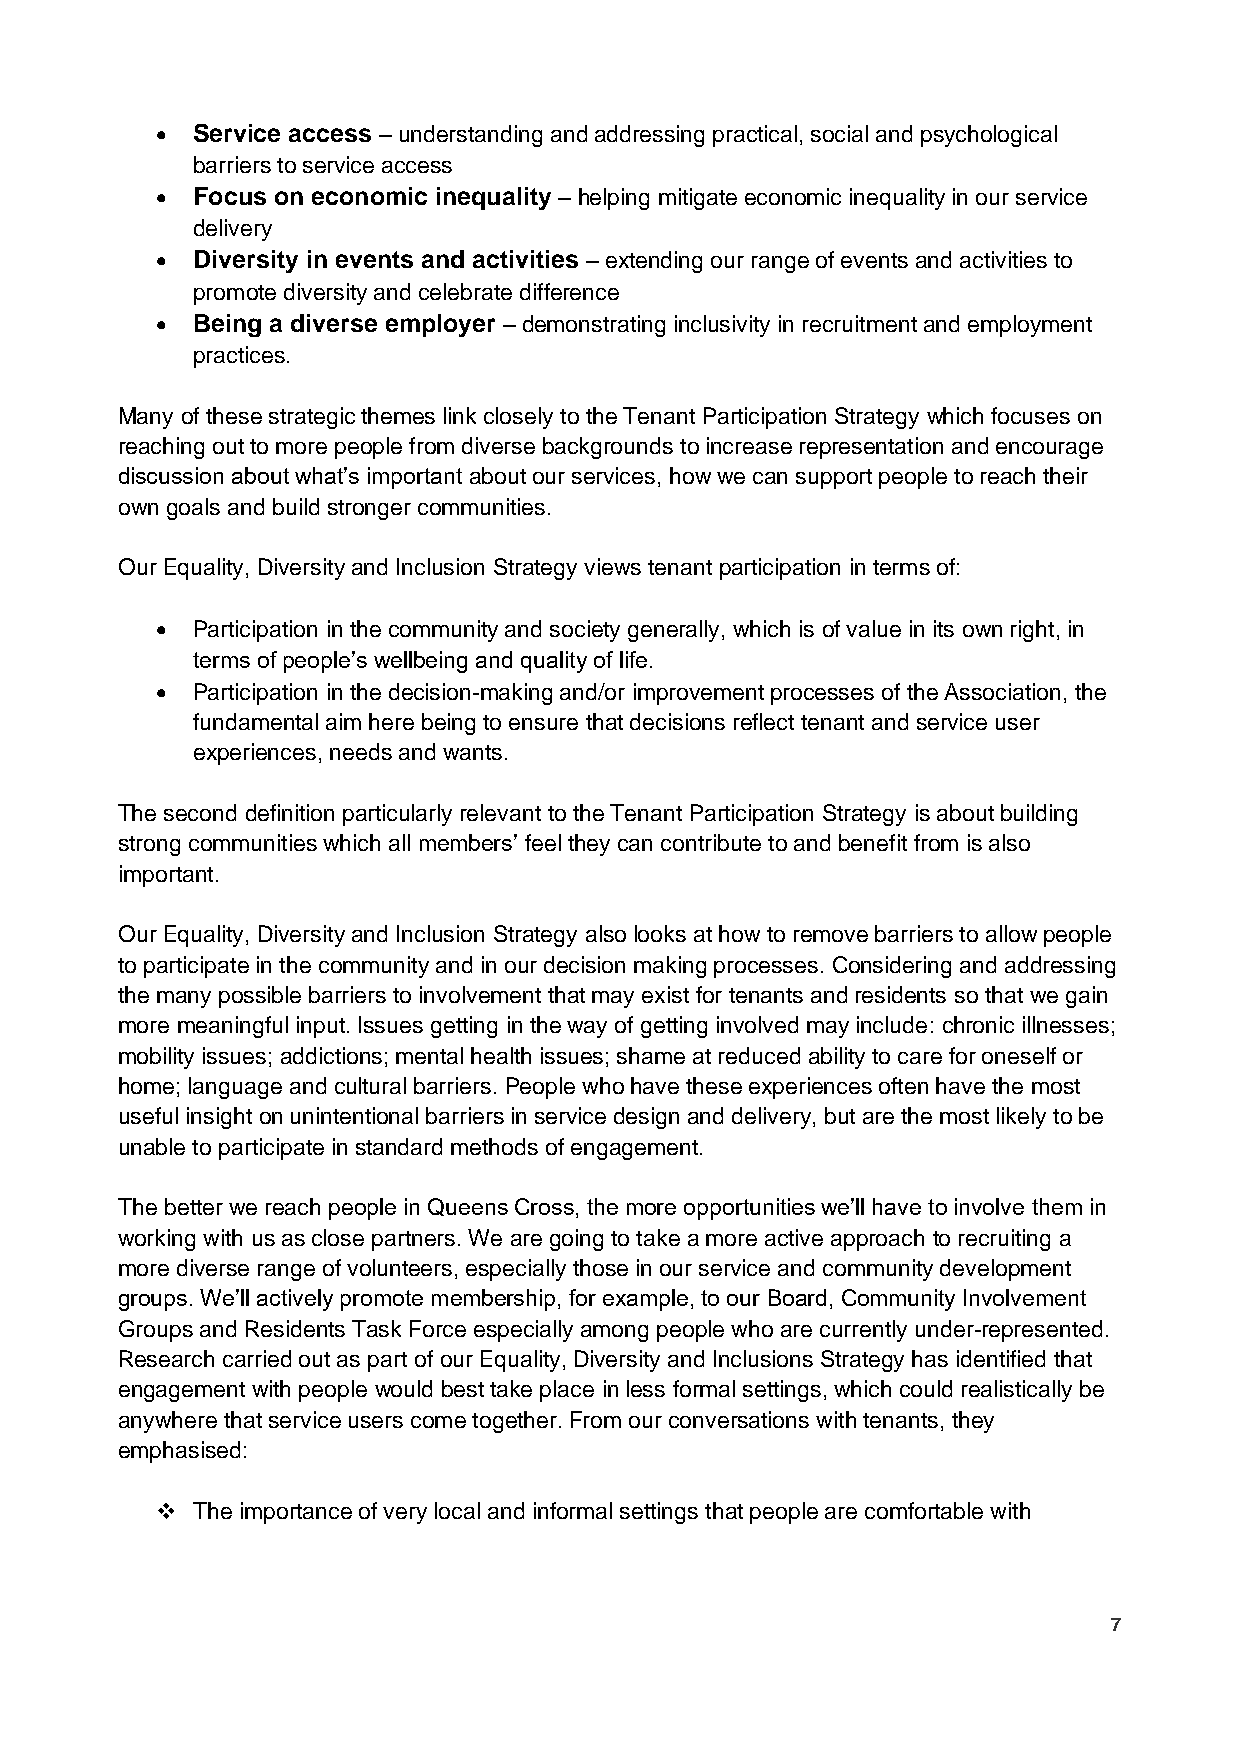
•  Service access – understanding and addressing practical, social and psychological
 barriers to service access
 •  Focus on economic inequality – helping mitigate economic inequality in our service
 delivery
 •  Diversity in events and activities – extending our range of events and activities to
 promote diversity and celebrate difference
 •  Being a diverse employer – demonstrating inclusivity in recruitment and employment
 practices.
 Many of these strategic themes link closely to the Tenant Participation Strategy which focuses on
 reaching out to more people from diverse backgrounds to increase representation and encourage
 discussion about what’s important about our services, how we can support people to reach their
 own goals and build stronger communities.
 Our Equality, Diversity and Inclusion Strategy views tenant participation in terms of:
 •  Participation in the community and society generally, which is of value in its own right, in
 terms of people’s wellbeing and quality of life.
 •  Participation in the decision-making and/or improvement processes of the Association, the
 fundamental aim here being to ensure that decisions reflect tenant and service user
 experiences, needs and wants.
 The second definition particularly relevant to the Tenant Participation Strategy is about building
 strong communities which all members’ feel they can contribute to and benefit from is also
 important.
 Our Equality, Diversity and Inclusion Strategy also looks at how to remove barriers to allow people
 to participate in the community and in our decision making processes. Considering and addressing
 the many possible barriers to involvement that may exist for tenants and residents so that we gain
 more meaningful input. Issues getting in the way of getting involved may include: chronic illnesses;
 mobility issues; addictions; mental health issues; shame at reduced ability to care for oneself or
 home; language and cultural barriers. People who have these experiences often have the most
 useful insight on unintentional barriers in service design and delivery, but are the most likely to be
 unable to participate in standard methods of engagement.
 The better we reach people in Queens Cross, the more opportunities we’ll have to involve them in
 working with us as close partners. We are going to take a more active approach to recruiting a
 more diverse range of volunteers, especially those in our service and community development
 groups. We’ll actively promote membership, for example, to our Board, Community Involvement
 Groups and Residents Task Force especially among people who are currently under-represented.
 Research carried out as part of our Equality, Diversity and Inclusions Strategy has identified that
 engagement with people would best take place in less formal settings, which could realistically be
 anywhere that service users come together. From our conversations with tenants, they
 emphasised:
 ❖  The importance of very local and informal settings that people are comfortable with
 7